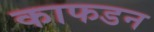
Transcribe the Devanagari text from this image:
काफडन